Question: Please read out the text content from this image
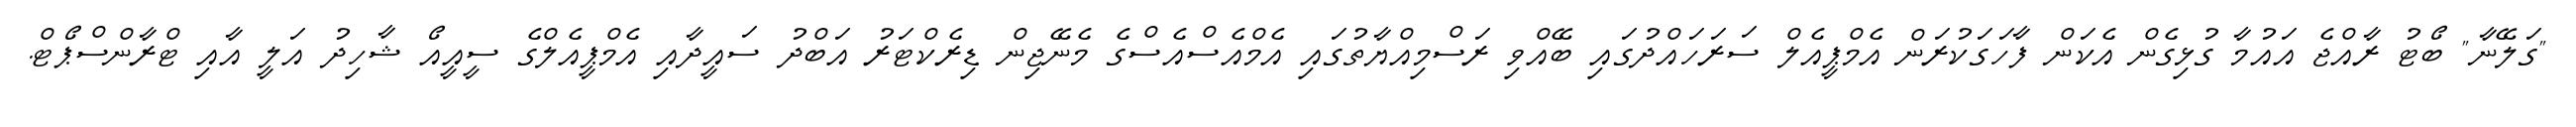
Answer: "ގަލޭނާ" ބޯޓު ރާއްޖެ އައުމާ ގުޅިގެން އެކަން ފާހަގަކުރަން އެމްޕީއެލް ސަރަހައްދުގައި ބޭއްވި ރަސްމިއްޔާތުގައި އެމްއެސްއެސްގެ މެނޭޖިން ޑިރެކްޓަރު އަބްދު ސައީދާއި އެމްޕީއެލްގެ ސީއީއޯ ޝާހިދު އަލީ އާއި ޓްރާންސްޕޯޓް.